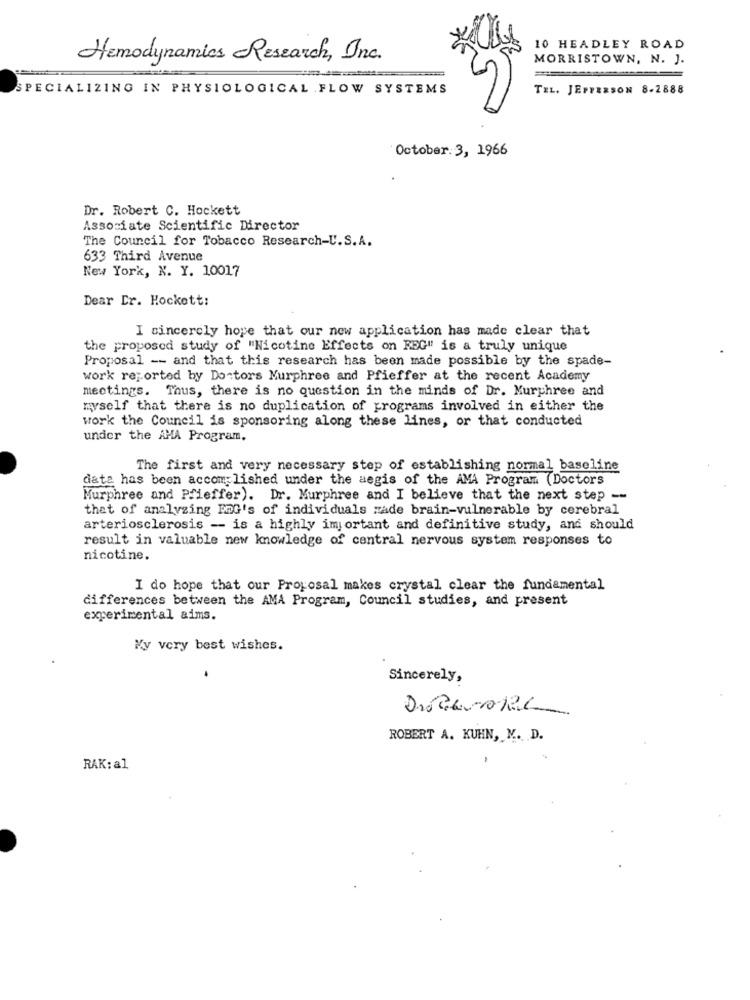
10 HEADLEY ROAD
Hemodynamics Research, Inc.
MORRISTOWN, N. J.
=
SPECIALIZING IN PHYSIOLOGICAL FLOW SYSTEMS
TEL. JEFFERSON 8-2888
October: 3, 1966
Dr. Robert C. Hockett
Associate Scientific Director
The Council for Tobacco Research-U.S.A.
633 Third Avenue
New York, N. Y. 10017
Dear Dr. Hockett:
I sincerely hope that our new application has made clear that
the proposed study of "Nicotine Effects on REG" is a truly unique
Proposal -- and that this research has been made possible by the spade-
work reported by Doctors Murphree and Pfieffer at the recent Academy
meetings. Thus, there is no question in the minds of Dr. Murphree and
myself that there is no duplication of programs involved in either the
work the Council is sponsoring along these lines, or that conducted
under the AMA Program.
The first and very necessary step of establishing normal baseline
data has been accomplished under the aegis of the AMA Program (Doctors
Murphree and Pfieffer). Dr. Murphree and I believe that the next step --
that of analyzing FOG's of individuals rade brain-vulnerable by cerebral
arteriosclerosis -- is a highly important and definitive study, and should
result in valuable new knowledge of central nervous system responses to
nicotine.
I do hope that our Proposal makes crystal clear the fundamental
differences between the AMA Program, Council studies, and present
experimental aims.
Ky very best wishes.
Sincerely,
ROBERT A. KUHN, M. D.
RAK: al